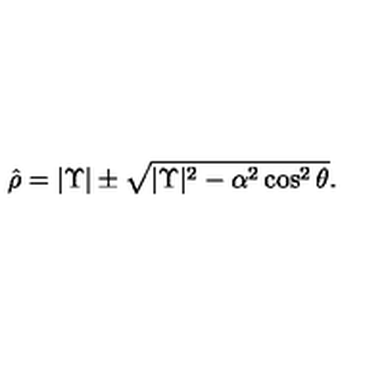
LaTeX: \hat { \rho } = | \Upsilon | \pm \sqrt { | \Upsilon | ^ { 2 } - \alpha ^ { 2 } \cos ^ { 2 } \theta } .